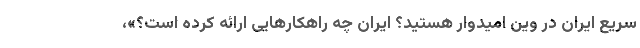
سریع ایران در وین امیدوار هستید؟ ایران چه راهکارهایی ارائه کرده است؟»،